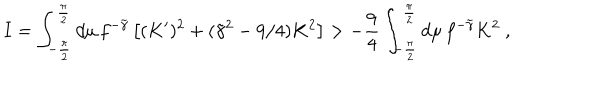
I = \int _ { - { \frac { \pi } { 2 } } } ^ { \frac { \pi } { 2 } } d \mu \, f ^ { - \tilde { \gamma } } \left[ ( K ^ { \prime } ) ^ { 2 } + ( \tilde { \gamma } ^ { 2 } - 9 / 4 ) K ^ { 2 } \right] > { - { \frac { 9 } { 4 } } } \int _ { - { \frac { \pi } { 2 } } } ^ { \frac { \pi } { 2 } } d \mu \, f ^ { - \tilde { \gamma } } K ^ { 2 } \ ,